Vaccination in Bombay 1902-1912 - 1902-1912
Year: 1902
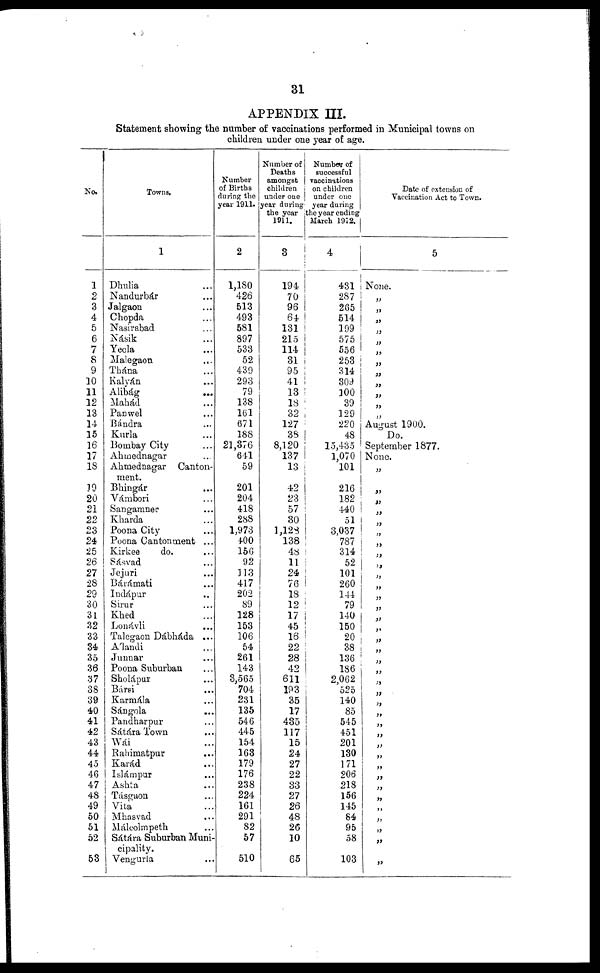
31
APPENDIX III.
Statement showing the number of vaccinations performed in Municipal towns on
children under one year of age.
No.
1
2
3
4
5
6
7
8
9
10
11
12
13
14
15
16
17
18
19
20
21
22
23
24
25
26
27
28
29
30
31
32
33
34
35
36
37
38
39
40
41
42
43
44
45
46
47
48
49
50
51
52
53
Towns.
1
Dhulia ...
Nandurbár ...
Jalgaon ...
Chopda ...
Nasirabad ...
Násik ...
Yeola ...
Malegaon ...
Thána ...
Kalyán ...
Alibág
...
Mabád ...
Panwel ...
Bándra ...
Kurla ...
Bombay City ...
Ahmednagar ...
Ahmednagar Canton-
ment.
Bhingár ...
Vámbori ...
Sangamner ...
Kharda ...
Poona City ...
Poona Cantonment ...
Kirkee
do. ...
Sásvad ...
Jejuri ...
Bárámati ...
Indápur ...
Sirur ...
Khed ...
Lonávli ...
Talegaon Dábháda ...
Álandi ...
Junnar ...
Poona Suburban ...
Sholápur ...
Bársi ...
Karmála ...
Sángola ...
Pandharpur ...
Sátára Town ...
Wái ...
Rahimatpur ...
Karád ...
Islámpur ...
Ashta ...
Tásgaon ...
Vita ...
Mhasvad ...
Málcolmpeth ...
Sáhára Suburban Muni-
cipality.
Vengurla ...
Number
of Births
during the
year 1911.
2
1,180
426
513
493
581
897
533
52
439
293
79
138
161
671
188
21,376
641
59
201
204
418
288
1,973
400
156
92
113
417
202
89
128
153
106
54
261
143
3,565
704
231
135
546
445
154
163
179
176
238
224
161
291
82
57
510
Number of
Deaths
amongst
children
under one
year during
the year
1911.
3
194
70
96
64
131
215
114
31
95
41
13
18
32
127
38
8,120
137
13
42
23
57
30
1,128
138
48
11
24
76
18
12
17
45
16
22
28
42
611
193
35
17
435
117
15
24
27
22
33
27
26
48
26
10
65
Number of
successful
vaccinations
on children
under one
year during
the year ending
March 1912.
4
431
287
265
514
199
575
556
253
314
309
100
39
129
220
48
15,435
1,070
101
216
182
440
51
3,037
787
314
52
101
260
144
79
140
150
20
38
136
186
2,062
525
140
85
545
451
201
130
171
206
218
156
145
84
95
58
103
Date of extension of
Vaccination Act to Town.
5
None.
„
„
„
„
„
„
„
„
„
„
„
„
August 1900.
Do.
September 1877.
None.
„
„
„
„
„
„
„
„
„
„
„
„
„
„
„
„
„
„
„
„
„
„
„
„
„
„
„
„
„
„
„
„
„
„
„
„